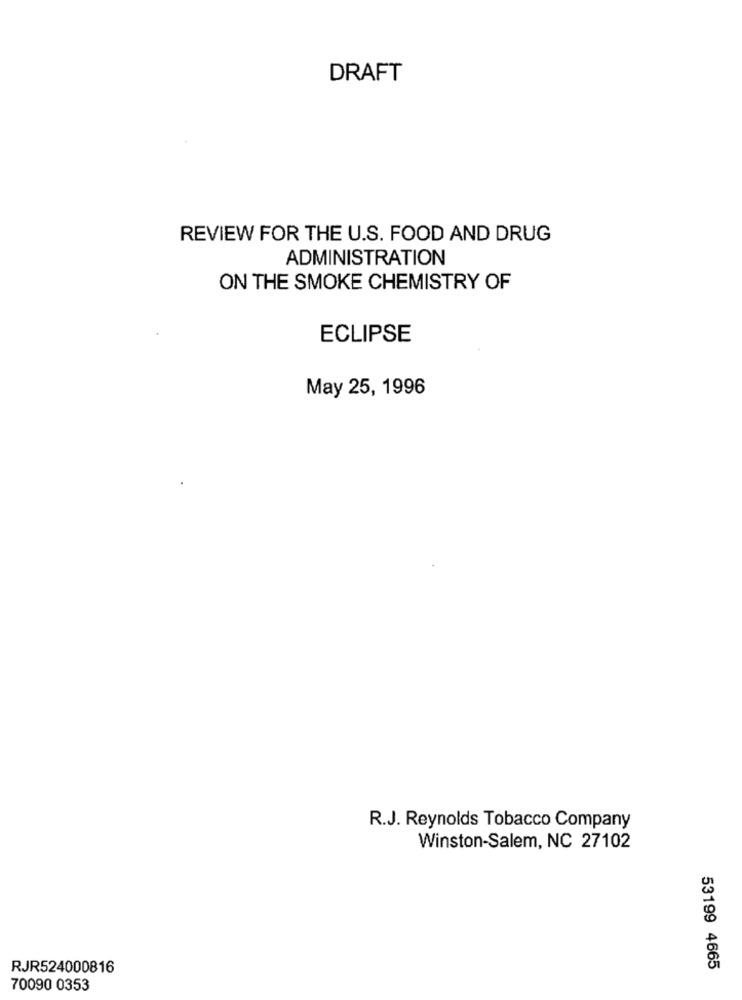
DRAFT
REVIEW FOR THE U.S. FOOD AND DRUG
ADMINISTRATION
ON THE SMOKE CHEMISTRY OF
ECLIPSE
May 25, 1996
R.J. Reynolds Tobacco Company
Winston-Salem, NC 27102
RJR524000816
53199 4665
70090 0353